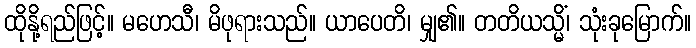
ထိုနို့ရည်ဖြင့်။ မဟေသီ၊ မိဖုရားသည်။ ယာပေတိ၊ မျှ၏။ တတိယသ္မိံ၊ သုံးခုမြောက်။